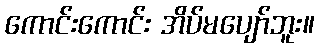
ကောင်းကောင်း အိပ်မပျော်ဘူး။